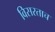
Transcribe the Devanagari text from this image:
विसरताच